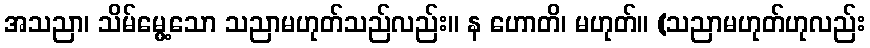
အသညာ၊ သိမ်မွေ့သော သညာမဟုတ်သည်လည်း။ န ဟောတိ၊ မဟုတ်။ (သညာမဟုတ်ဟုလည်း